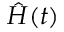
\hat { H } ( t )